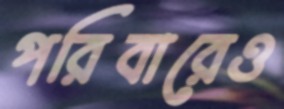
পরিবারেও